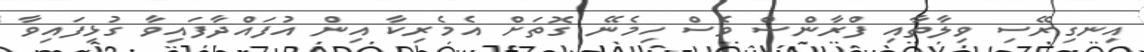
އިނގިރޭސި ވިލާތާއި ފްރާންސް ވެސް ހިމެނޭ ގޮތަށް އެމެރިކާ އިން އުފައްދާފައިވާ ގުޅިފައިވާ